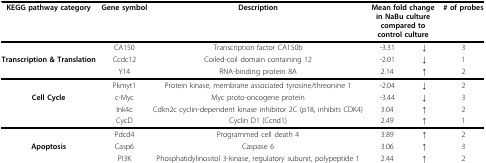
| KEGG pathway category | Gene symbol | Description | <COLSPAN=2> Mean fold change in NaBu culture compared to control culture | # of probes |
 | --- | --- | --- | --- | --- | --- |
 |  | CA150 | Transcription factor CA150b | -3.31 | ↓ | 3 |
 | Transcription & Translation | Ccdc12 | Coiled-coil domain containing 12 | -2.01 | ↓ | 1 |
 |  | Y14 | RNA-binding protein 8A | 2.14 | ↑ | 2 |
 |  | Pkmyt1 | Protein kinase, membrane associated tyrosine/threonine 1 | -2.04 | ↓ | 2 |
 | Cell Cycle | c-Myc | Myc proto-oncogene protein | -3.44 | ↓ | 3 |
 |  | Ink4c | Cdkn2c cyclin-dependent kinase inhibitor 2C (p18, inhibits CDK4) | 3.04 | ↑ | 2 |
 |  | CycD | Cyclin D1 (Ccnd1) | 2.49 | ↑ | 1 |
 |  | Pdcd4 | Programmed cell death 4 | 3.89 | ↑ | 2 |
 | Apoptosis | Casp6 | Caspase 6 | 3.06 | ↑ | 3 |
 |  | PI3K | Phosphatidylinositol 3-kinase, regulatory subunit, polypeptide 1 | 2.44 | ↑ | 2 |